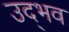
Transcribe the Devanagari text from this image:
उद्‌भव